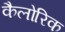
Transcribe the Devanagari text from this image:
कैलोरिक